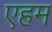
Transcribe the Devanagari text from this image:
एहम